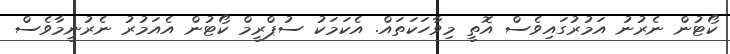
ކޯޓުން ނެރުނު އަމުރުގައިވެސް އޮތީ މިވާހަކަތައް. އެކަމަކު ސުޕްރީމް ކޯޓުން އެއަމުރު ނެރުނީމާވެސް